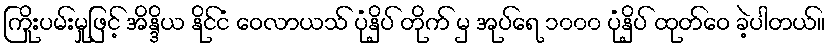
ကြိုးပမ်းမှုဖြင့် အိန္ဒိယ နိုင်ငံ ဝေလာယသ် ပုံနှိပ် တိုက် မှ အုပ်ရေ ၁၀၀၀ ပုံနှိပ် ထုတ်ဝေ ခဲ့ပါတယ်။